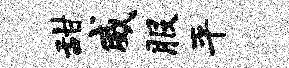
甜威服平